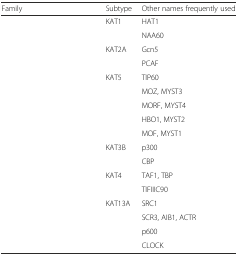
<table><thead><tr><td><b>Family</b></td><td><b>Subtype</b></td><td><b>Other names frequently used</b></td></tr></thead><tbody><tr><td rowspan="2">[EMPTY_CELL]</td><td>KAT1</td><td>HAT1</td></tr><tr><td>[EMPTY_CELL]</td><td>NAA60</td></tr><tr><td rowspan="2">[EMPTY_CELL]</td><td>KAT2A</td><td>Gcn5</td></tr><tr><td>[EMPTY_CELL]</td><td>PCAF</td></tr><tr><td rowspan="5">[EMPTY_CELL]</td><td>KAT5</td><td>TIP60</td></tr><tr><td>[EMPTY_CELL]</td><td>MOZ, MYST3</td></tr><tr><td>[EMPTY_CELL]</td><td>MORF, MYST4</td></tr><tr><td>[EMPTY_CELL]</td><td>HBO1, MYST2</td></tr><tr><td>[EMPTY_CELL]</td><td>MOF, MYST1</td></tr><tr><td rowspan="2">[EMPTY_CELL]</td><td>KAT3B</td><td>p300</td></tr><tr><td>[EMPTY_CELL]</td><td>CBP</td></tr><tr><td rowspan="2">[EMPTY_CELL]</td><td>KAT4</td><td>TAF1, TBP</td></tr><tr><td>[EMPTY_CELL]</td><td>TIFIIIC90</td></tr><tr><td rowspan="4">[EMPTY_CELL]</td><td>KAT13A</td><td>SRC1</td></tr><tr><td>[EMPTY_CELL]</td><td>SCR3, AIB1, ACTR</td></tr><tr><td>[EMPTY_CELL]</td><td>p600</td></tr><tr><td>[EMPTY_CELL]</td><td>CLOCK</td></tr></tbody></table>